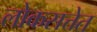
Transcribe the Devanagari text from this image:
लोकसत्तेत